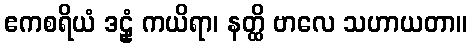
ဧကစရိယံ ဒဠှံ ကယိရာ၊ နတ္ထိ ဗာလေ သဟာယတာ။